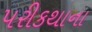
પરીકથાના